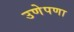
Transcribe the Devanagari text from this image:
उणेपणा